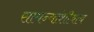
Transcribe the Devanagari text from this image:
सामन्यांशीवाय